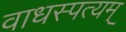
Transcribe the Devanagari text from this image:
वाधस्पत्यम्